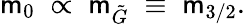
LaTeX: \mathsf{m}_{0}\; \propto\; \mathsf{m}_{\tilde{{G}}}\; \equiv\; \mathsf{m}_{3/2}.